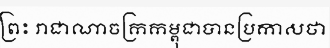
ព្រះ រាជាណាចក្រកម្ពុជាបានប្រកាសថា